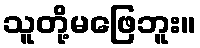
သူတို့မဖြေဘူး။